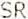
SR